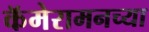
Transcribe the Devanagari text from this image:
कॅमेरामनच्या